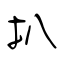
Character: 扒